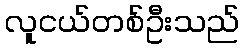
လူငယ်တစ်ဦးသည်